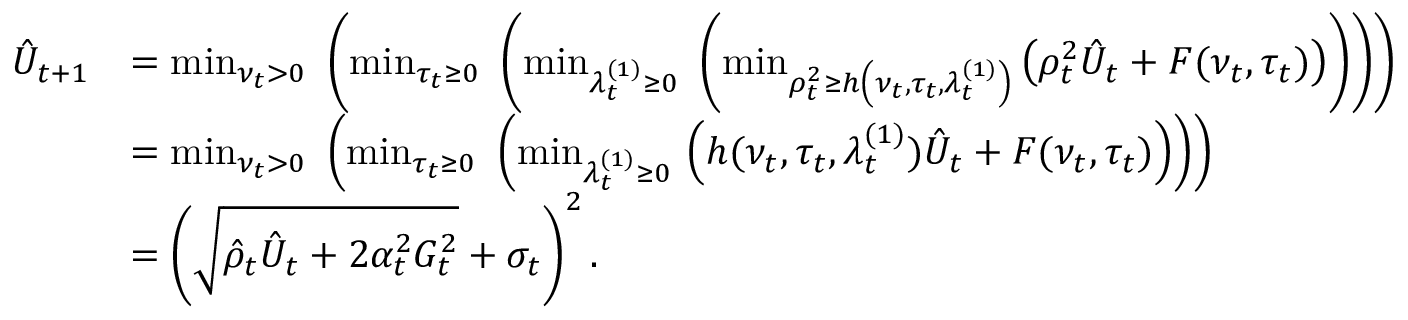
\begin{array} { r l } { \hat { U } _ { t + 1 } } & { = \operatorname* { m i n } _ { \nu _ { t } > 0 } \, \, \left( \operatorname* { m i n } _ { \tau _ { t } \ge 0 } \, \, \left( \operatorname* { m i n } _ { \lambda _ { t } ^ { ( 1 ) } \ge 0 } \, \, \left( \operatorname* { m i n } _ { \rho _ { t } ^ { 2 } \ge h \left( \nu _ { t } , \tau _ { t } , \lambda _ { t } ^ { ( 1 ) } \right) } \left( \rho _ { t } ^ { 2 } \hat { U } _ { t } + F ( \nu _ { t } , \tau _ { t } ) \right) \right) \right) \right) } \\ & { = \operatorname* { m i n } _ { \nu _ { t } > 0 } \, \, \left( \operatorname* { m i n } _ { \tau _ { t } \ge 0 } \, \, \left( \operatorname* { m i n } _ { \lambda _ { t } ^ { ( 1 ) } \ge 0 } \, \left( h ( \nu _ { t } , \tau _ { t } , \lambda _ { t } ^ { ( 1 ) } ) \hat { U } _ { t } + F ( \nu _ { t } , \tau _ { t } ) \right) \right) \right) } \\ & { = \left( \sqrt { \hat { \rho } _ { t } \hat { U } _ { t } + 2 \alpha _ { t } ^ { 2 } G _ { t } ^ { 2 } } + \sigma _ { t } \right) ^ { 2 } . } \end{array}